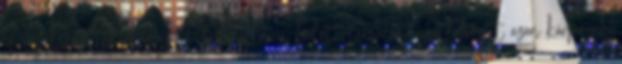
is bejelentették, hogy Perm állami balett-társulata csatlakozott azon kórházak